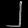
Digit: ၂